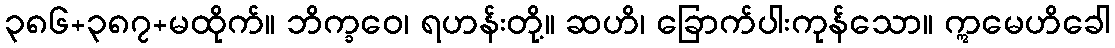
၃၈၆+၃၈၇+မထိုက်။ ဘိက္ခဝေ၊ ရဟန်းတို့။ ဆဟိ၊ ခြောက်ပါးကုန်သော။ ဣမေဟိခေါ